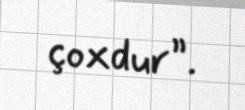
çoxdur”.